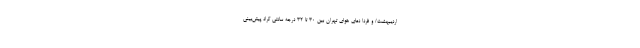
اردیبهشت/ و فردا دمای هوای تهران بین ۳۰ تا ۳۲ درجه سانتی گراد پیش‌بینی